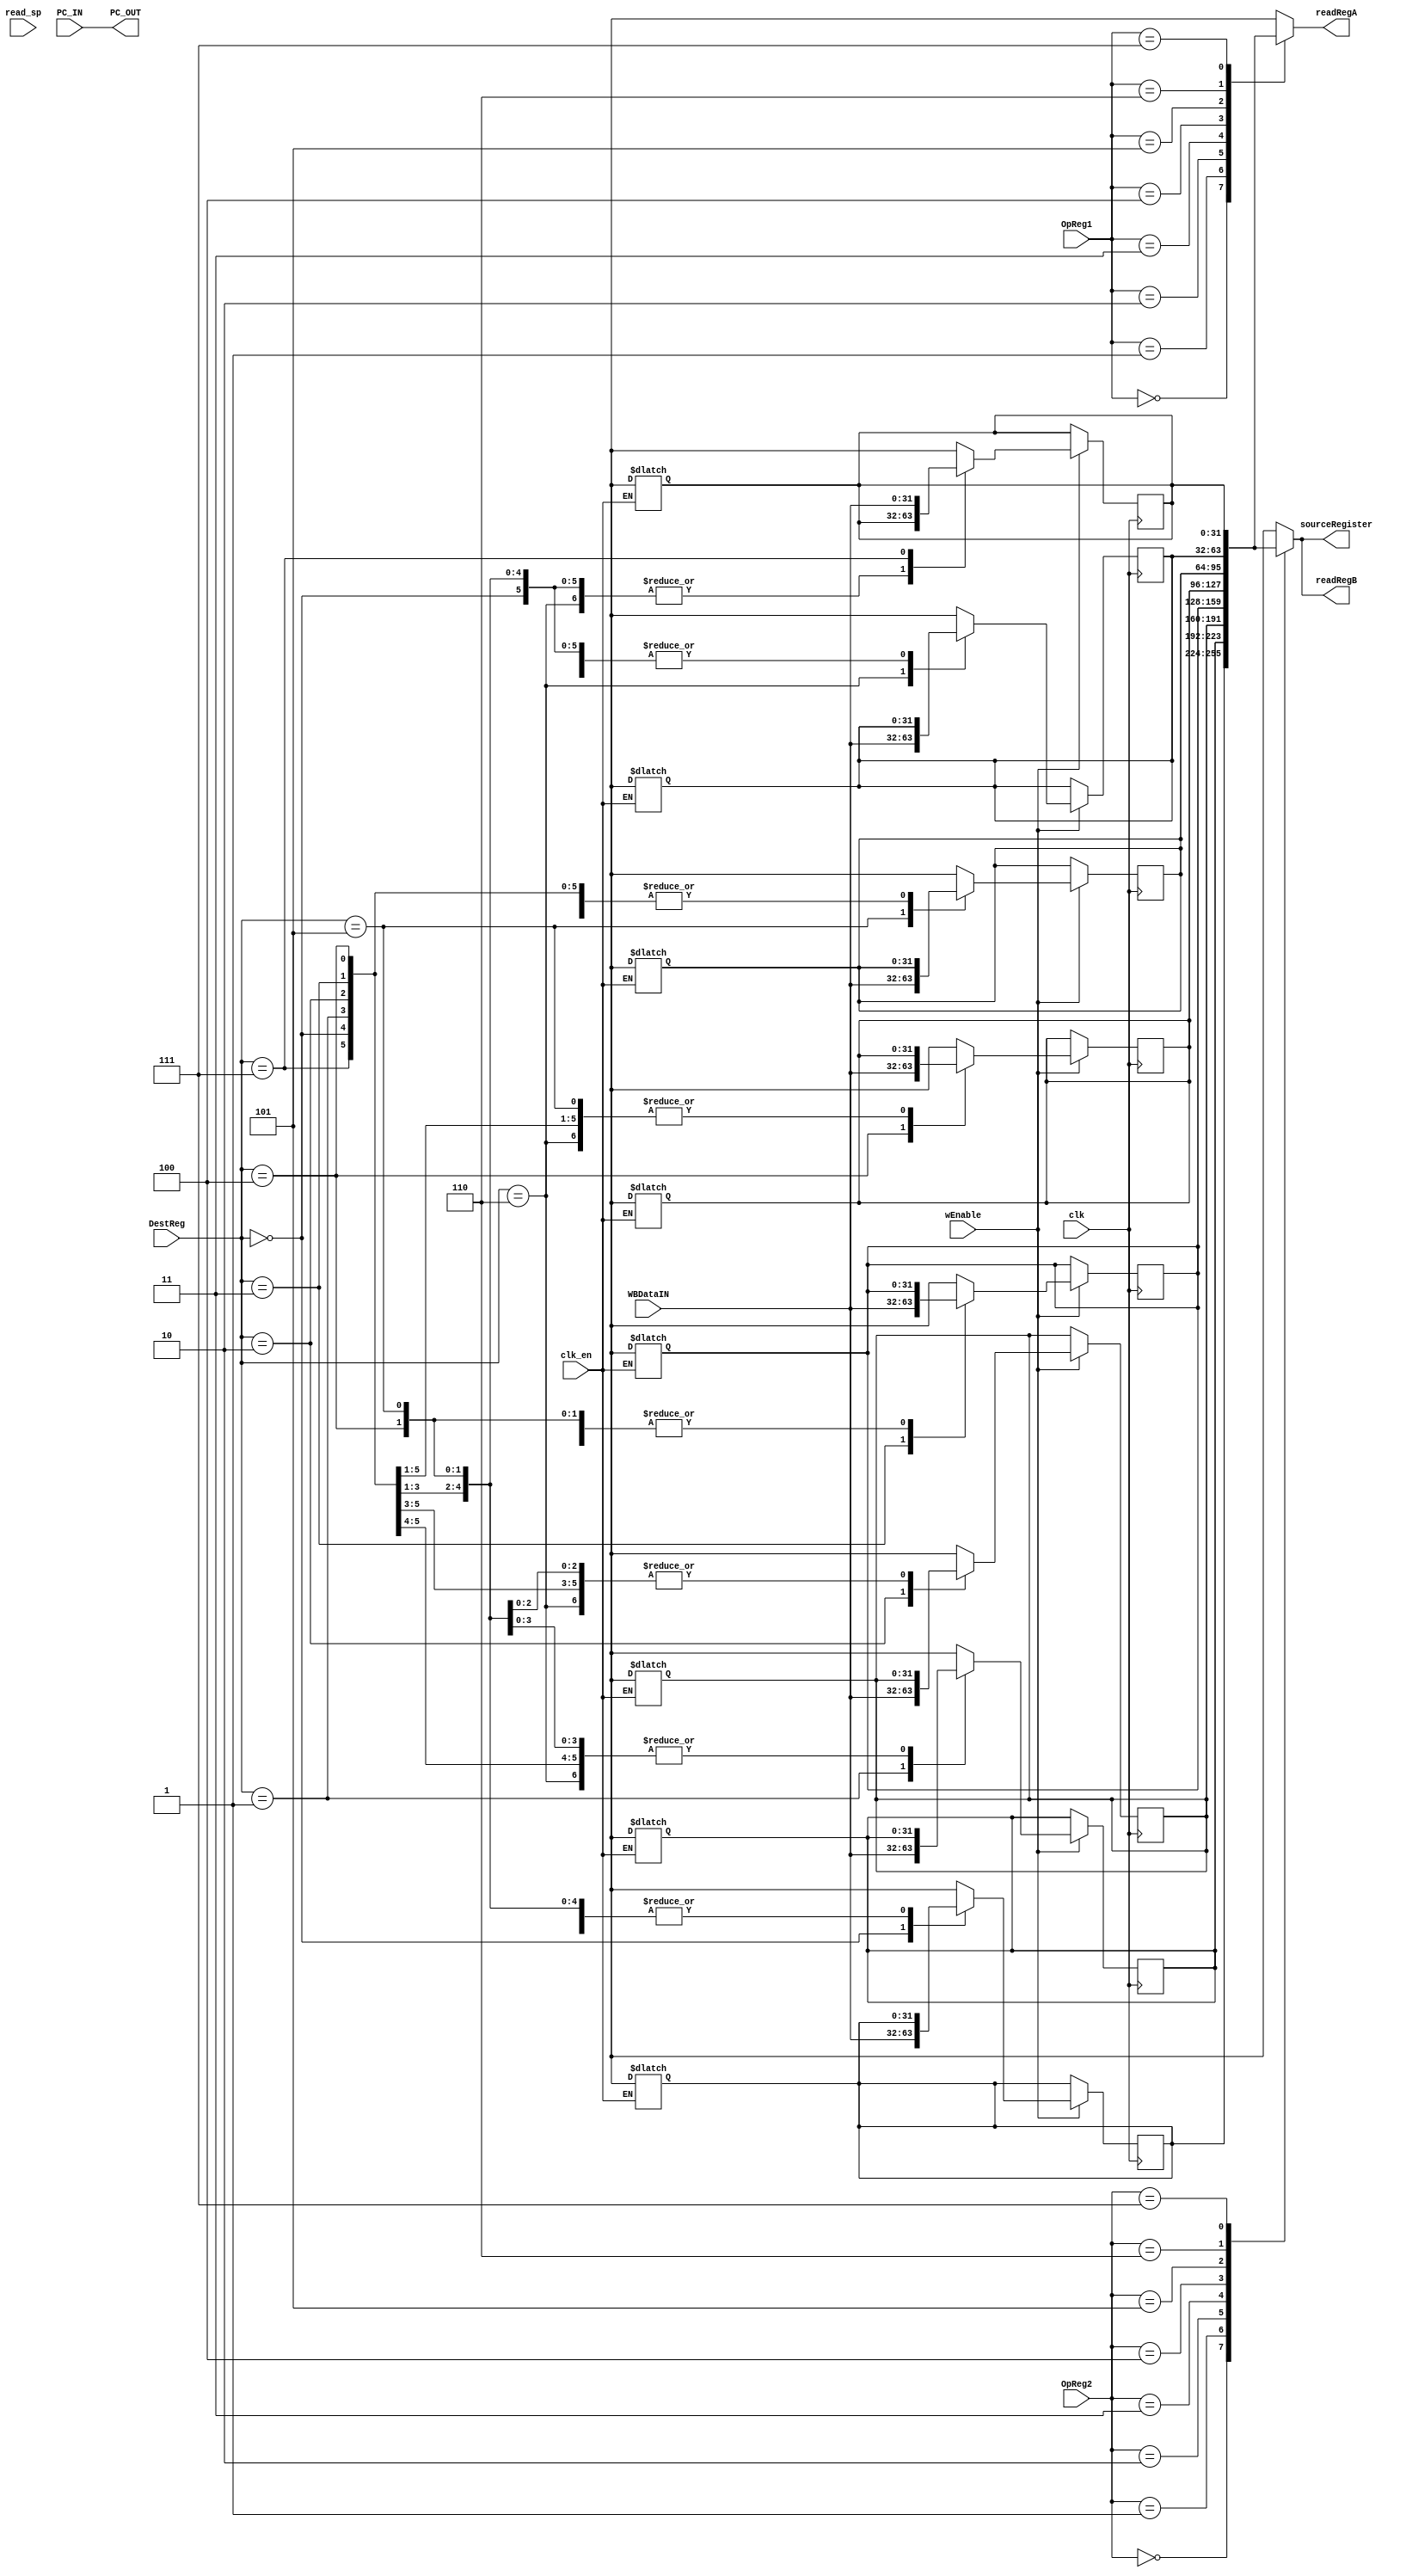
module RegisterBank(

    //clock stuff
    input   clk,
	  input   clk_en,

    //control stuff
    input  wEnable,
    
    //reg select
    input [2:0]DestReg,
    input [2:0]OpReg1,
    input [2:0]OpReg2,
    input read_sp,
    //Data In
    //input  [31:0]writeBackData,     //from ALU
    input  [31:0]WBDataIN,  
    input [31:0]PC_IN,          //From Instruction decoder
    
    //Outputs to ALU
    output  [31:0]readRegA,
    output  [31:0]readRegB,
    output  [31:0]sourceRegister,
    output [31:0]PC_OUT
    

);

    reg [31:0] readRegA;
    reg [31:0] readRegB;
    reg [31:0] sourceRegister;
    wire [2:0] DestReg;
    wire [2:0] OpReg1;
    wire [2:0] OpReg2;

    //data
    reg [31:0] PC_OUT;
    reg [31:0] PC_Reg;
    reg [31:0] Reg0;
    reg [31:0] Reg1;
    reg [31:0] Reg2;
    reg [31:0] Reg3;
    reg [31:0] Reg4;
    reg [31:0] Reg5;
    reg [31:0] Reg6;
    reg [31:0] Reg7;
    
    always @(clk) begin  //On reset clear registers
        if(clk_en)begin
          Reg0 = 32'hxxxxxxxx;
          Reg1= 32'hxxxxxxxx;
          Reg2= 32'hxxxxxxxx;
          Reg3= 32'hxxxxxxxx;
          Reg4= 32'hxxxxxxxx;
          Reg5= 32'hxxxxxxxx;
          Reg6= 32'hxxxxxxxx;
          Reg7= 32'hxxxxxxxx;
    end
    end
    always @(*) begin //Sends next Program counter to IF
        PC_OUT = PC_IN;
    end
        always @(*) begin
        case (OpReg1)
                //000: readRegA <= PC_Reg;
                'b000: begin 
                readRegA = Reg0;
                end
                'b001: begin 
                    readRegA = Reg1;
                end    
                'b010: begin 
                    readRegA = Reg2;
                end
                'b011: begin 
                    readRegA = Reg3;
                end
                'b100: begin 
                    readRegA = Reg4;
                end
                'b101: begin 
                    readRegA = Reg5;
                end
                'b110: begin 
                    readRegA = Reg6;
                end
                'b111: begin 
                    readRegA = Reg7;
                end           
        endcase
        
        case (OpReg2)
           // 000: readRegB <= PC_Reg;
           'b000: begin 
                readRegB = Reg0;
                sourceRegister = Reg0;
           end
            'b001: begin 
                readRegB = Reg1;
                sourceRegister = Reg1;
            end    
            'b010: begin 
                readRegB = Reg2;
                sourceRegister = Reg2;
            end
            'b011: begin 
                readRegB = Reg3;
                sourceRegister = Reg3;
            end
            'b100: begin 
                readRegB = Reg4;
                sourceRegister = Reg4;
            end
            'b101: begin 
                readRegB = Reg5;
                sourceRegister = Reg5;
            end
            'b110: begin 
                readRegB = Reg6;
                sourceRegister = Reg6;
            end
            'b111: begin 
                readRegB = Reg7;
                sourceRegister = Reg7;
            end           
        endcase 
        
    end
    always @(posedge clk) begin
        if (wEnable == 1)begin
            case (DestReg)
                //000: PC_Reg <= WBDataIN;
                'b000: begin
                    Reg0 = WBDataIN;
                end  
                'b001: begin
                    Reg1 = WBDataIN;
                
                end    
                'b010: begin
                    Reg2 = WBDataIN;
                    
                end
                'b011: begin
                    Reg3 = WBDataIN;
                    
                end
                'b100: begin
                    Reg4 = WBDataIN;
                    
                end
                'b101: begin
                    Reg5 = WBDataIN;
                    
                end
                'b110: begin
                    Reg6 = WBDataIN;
                end
                'b111: begin
                    Reg7 = WBDataIN;
                end           
                default: 
                    PC_Reg = 'b0000000000000000;
            endcase
        end 
    end

	 
	 
        

endmodule